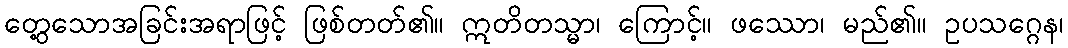
တွေ့သောအခြင်းအရာဖြင့် ဖြစ်တတ်၏။ ဣတိတသ္မာ၊ ကြောင့်။ ဖဿော၊ မည်၏။ ဥပသဂ္ဂေန၊